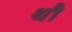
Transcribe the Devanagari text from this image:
थौ